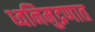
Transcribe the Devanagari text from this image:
ध्वनिमुद्रणात